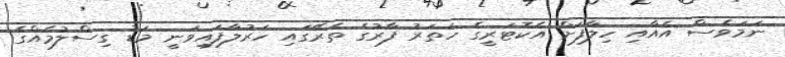
ނަމަވެސް އެއާއި ހިލާފަށް އެކޮޓަރީގެ ހަތަރު ފާރުގެ ތެރޭގައި ހަރުލާފައިވަނީ މަޑު ގިސްލުމެއްގެ